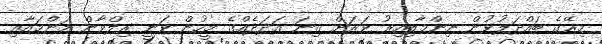
މިރޭގެ ބައްދަލުވުން ނިންމާލިއިރު ވަރަށް ގިނަ ޢަދަދެއްގެ މީހުން ވަނީ ރިލްވާން މަންމައާއި